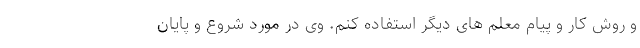
و روش کار و پیام معلم های دیگر استفاده کنم. وی در مورد شروع و پایان